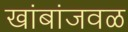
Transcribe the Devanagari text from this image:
खांबांजवळ